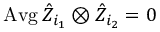
\operatorname { A v g } \hat { Z } _ { i _ { 1 } } \otimes \hat { Z } _ { i _ { 2 } } = 0